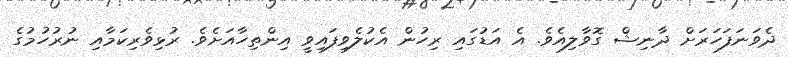
ދެވަނަފަހަރަށް ދާނިޝް ގޮވާލިއެވެ. އެ އަޑުގައި ރިހުން އެކުލެވިފައިވީ އިންތިހާއަށެވެ. ރުޅިވެރިކަމާއި ނުރުހުމުގެ